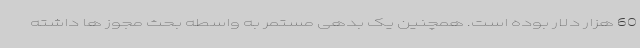
60 هزار دلار بوده است. همچنین یک بدهی مستمر به واسطه بحث مجوز ها داشته